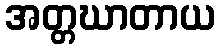
အတ္တဃာတာယ